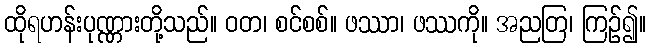
ထိုရဟန်းပုဏ္ဏားတို့သည်။ ဝတ၊ စင်စစ်။ ဖဿာ၊ ဖဿကို။ အညတြ၊ ကြဉ်၍။